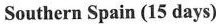
Southern Spain (15 days)